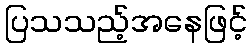
ပြသသည့်အနေဖြင့်